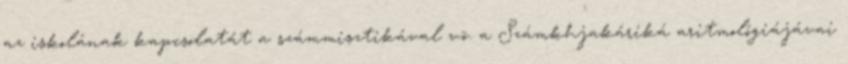
az iskolának kapcsolatát a számmisztikával v.ö. a Számkhjakáriká aritmológiájávai